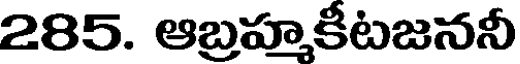
285. ఆబ్రహ్మృకీటజననీ